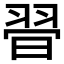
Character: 𦐲